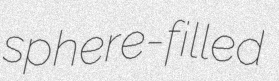
sphere-filled